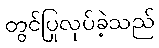
တွင်ပြုလုပ်ခဲ့သည်